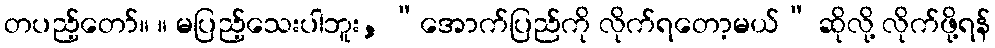
တပည့်တော်။ ။ မပြည့်သေးပါဘူး, “အောက်ပြည်ကို လိုက်ရတော့မယ်” ဆိုလို့ လိုက်ဖို့ရန်